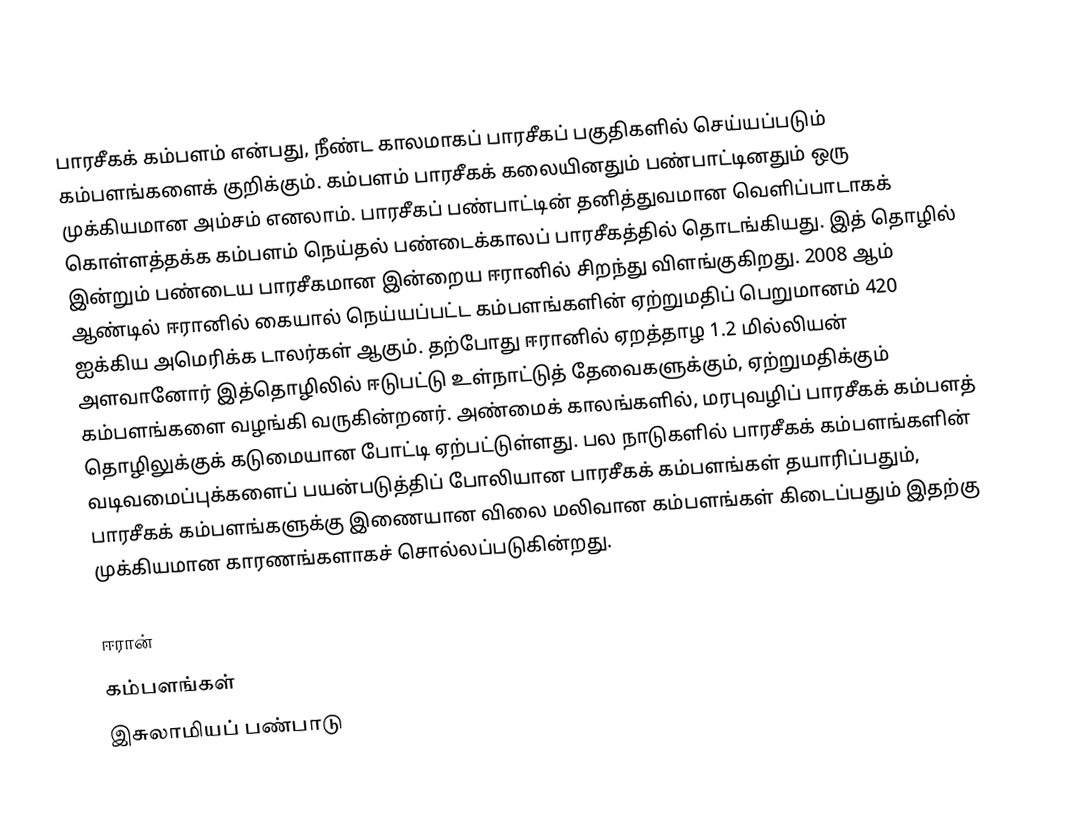
பாரசீகக் கம்பளம் என்பது, நீண்ட காலமாகப் பாரசீகப் பகுதிகளில் செய்யப்படும் கம்பளங்களைக் குறிக்கும். கம்பளம் பாரசீகக் கலையினதும் பண்பாட்டினதும் ஒரு முக்கியமான அம்சம் எனலாம். பாரசீகப் பண்பாட்டின் தனித்துவமான வெளிப்பாடாகக் கொள்ளத்தக்க கம்பளம் நெய்தல் பண்டைக்காலப் பாரசீகத்தில் தொடங்கியது. இத் தொழில் இன்றும் பண்டைய பாரசீகமான இன்றைய ஈரானில் சிறந்து விளங்குகிறது. 2008 ஆம் ஆண்டில் ஈரானில் கையால் நெய்யப்பட்ட கம்பளங்களின் ஏற்றுமதிப் பெறுமானம் 420 ஐக்கிய அமெரிக்க டாலர்கள் ஆகும். தற்போது ஈரானில் ஏறத்தாழ 1.2 மில்லியன் அளவானோர் இத்தொழிலில் ஈடுபட்டு உள்நாட்டுத் தேவைகளுக்கும், ஏற்றுமதிக்கும் கம்பளங்களை வழங்கி வருகின்றனர். அண்மைக் காலங்களில், மரபுவழிப் பாரசீகக் கம்பளத் தொழிலுக்குக் கடுமையான போட்டி ஏற்பட்டுள்ளது. பல நாடுகளில் பாரசீகக் கம்பளங்களின் வடிவமைப்புக்களைப் பயன்படுத்திப் போலியான பாரசீகக் கம்பளங்கள் தயாரிப்பதும், பாரசீகக் கம்பளங்களுக்கு இணையான விலை மலிவான கம்பளங்கள் கிடைப்பதும் இதற்கு முக்கியமான காரணங்களாகச் சொல்லப்படுகின்றது.

ஈரான்
கம்பளங்கள்
இசுலாமியப் பண்பாடு